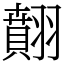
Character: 翸